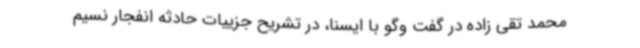
محمد تقی زاده در گفت وگو با ایسنا، در تشریح جزییات حادثه انفجار نسیم